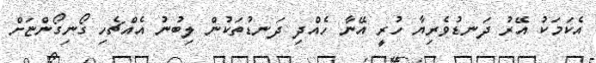
އެކަމަކު އޭރު ދަނޑުވެރިޔާ ހުރީ އޭނާ ހެއްދި ދަނޑުތަކުން ލިބުނު އެއްޗެހި ގޯނިގޯންޏަށް